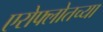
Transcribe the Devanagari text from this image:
एरोफ्लोतच्या